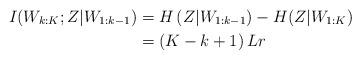
LaTeX: \begin{align*} I(W_{k:K};Z|W_{1:k-1})&= H\left(Z|W_{1:k-1}\right)-H(Z|W_{1:K}) \\&=\left( K-k+1 \right) L r \end{align*}